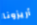
أريزونا